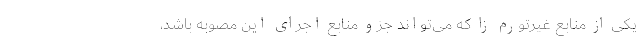
یکی از منابع غیرتورم زا که می‌تواند جزو منابع اجرای این مصوبه باشد،